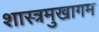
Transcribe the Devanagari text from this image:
शास्त्रमुखागम